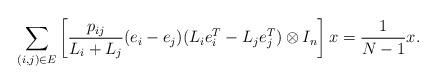
LaTeX: \begin{align*}\sum_{(i,j)\in E}\left[\frac{p_{ij}}{L_i+L_j}(e_i-e_j)(L_ie_i^T-L_je_j^T)\otimes I_n\right] x =\frac{1}{N-1}x.\end{align*}